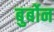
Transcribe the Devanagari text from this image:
बुर्बोन